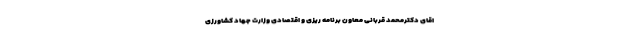
اقای دکترمحمد قربانی معاون برنامه ریزی و اقتصادی وزارت جهاد کشاورزی